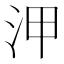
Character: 㳌